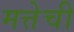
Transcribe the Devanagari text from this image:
मत्तेची